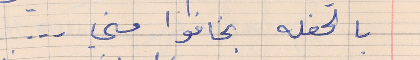
بالحفله بخافوا مني  . . .